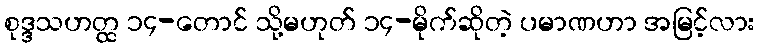
စုဒ္ဒသဟတ္ထ ၁၄-တောင် သို့မဟုတ် ၁၄-မိုက်ဆိုတဲ့ ပမာဏဟာ အမြင့်လား